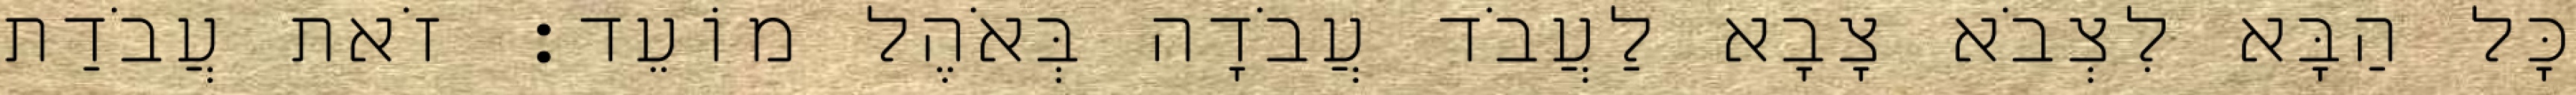
כָּל הַבָּא לִצְבֹא צָבָא לַעֲבֹד עֲבֹדָה בְּאֹהֶל מוֹעֵד׃ זֹאת עֲבֹדַת